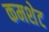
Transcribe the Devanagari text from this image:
कमशेट